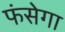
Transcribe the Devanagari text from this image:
फंसेगा